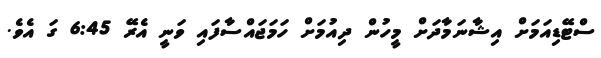
ސްޓޭޑިއަމަށް އިޝާނަމާދަށް މީހުން ދިއުމަށް ހަމަޖައްސާފައި ވަނީ އެރޭ 6:45 ގަ އެވެ.